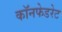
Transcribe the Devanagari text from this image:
कॉनफेडरेट